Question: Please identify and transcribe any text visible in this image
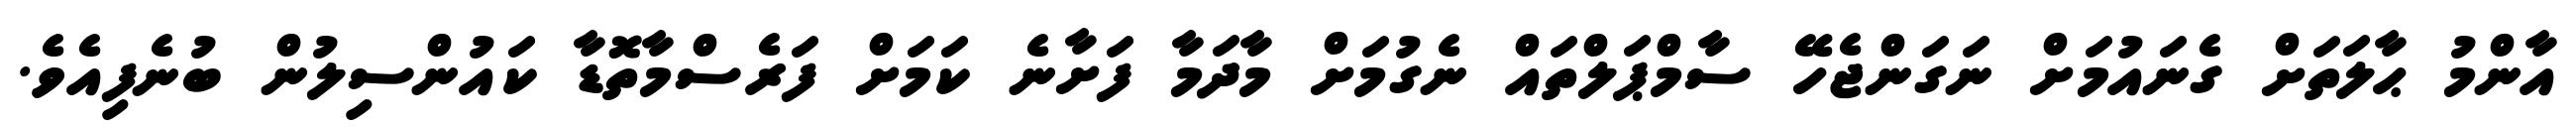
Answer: އާންމު ޙާލަތަށް ގެނައުމަށް ނަގަންޖެހޭ ސާމްޕަލްތައް ނެގުމަށް މާދަމާ ފަށާނެ ކަމަށް ފަރެސްމާތޮޑާ ކައުންސިލުން ބުނެފިއެވެ.